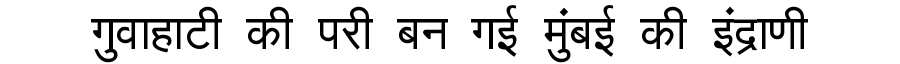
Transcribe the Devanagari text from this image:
गुवाहाटी की परी बन गई मुंबई की इंद्राणी